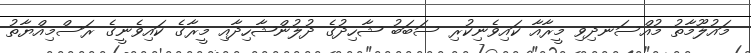
މައުލޫމާތު މުއްސަނދިވި މީރާއާ ކައިވެނިކުރި ސަބަބު ޝާހިދުގެ ދުލުންޝާހިދާއި މީރާގެ ކައިވެނީގެ ރަސްމިއްޔާތު